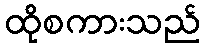
ထိုစကားသည်